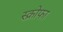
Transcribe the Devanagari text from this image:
स्क्रोफा